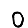
Digit: 0